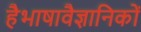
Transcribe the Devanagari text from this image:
हैभाषावैज्ञानिकों